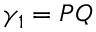
\gamma _ { 1 } = P Q